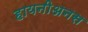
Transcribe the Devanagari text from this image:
हायनीअनस